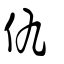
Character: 仇